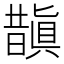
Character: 𭨂